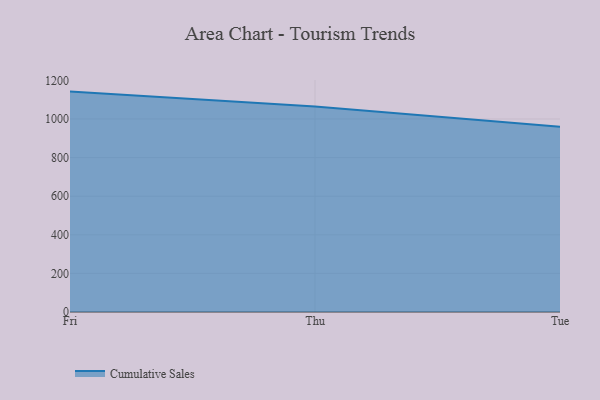
{"axis": {"x": "Day", "y": "Latency (ms)"}, "legend": ["Cumulative Sales"], "data": [{"x": "Fri", "y": 1141.9, "type": "Cumulative Sales"}, {"x": "Thu", "y": 1064.6, "type": "Cumulative Sales"}, {"x": "Tue", "y": 959.4, "type": "Cumulative Sales"}]}